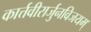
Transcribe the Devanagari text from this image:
कार्त्तवीरार्जुनविजयम्